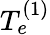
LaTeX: T_{e}^{(1)}